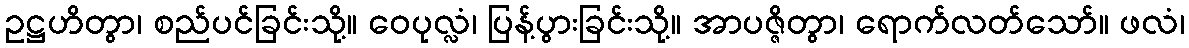
ဥဋ္ဌဟိတွာ၊ စည်ပင်ခြင်းသို့။ ဝေပုလ္လံ၊ ပြန့်ပွားခြင်းသို့။ အာပဇ္ဇိတွာ၊ ရောက်လတ်သော်။ ဖလံ၊